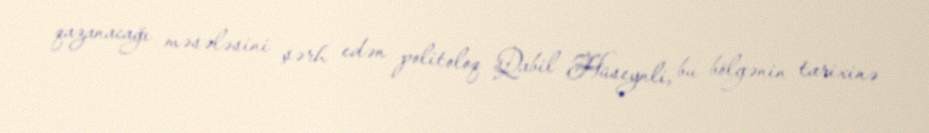
qazanacağı məsələsini şərh edən politoloq Qabil Hüseynli, bu bölgənin tarixinə